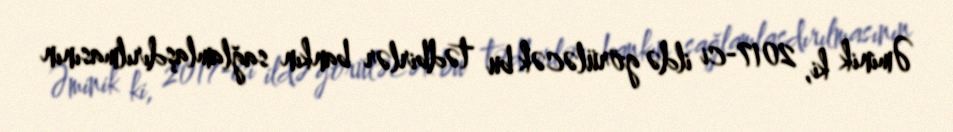
Əminik ki, 2017-ci ildə görüləcək bu tədbirlər bankın sağlamlaşdırılmasının